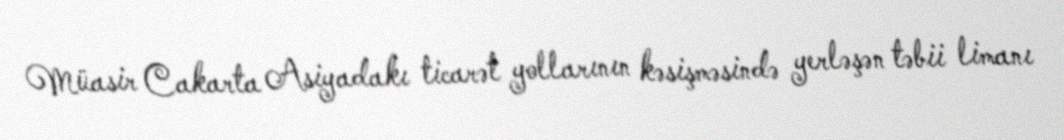
Müasir Cakarta Asiyadakı ticarət yollarının kəsişməsində yerləşən təbii limanı